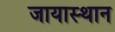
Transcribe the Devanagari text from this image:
जायास्थान